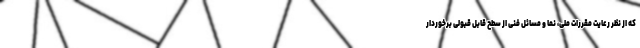
که از نظر رعایت مقررات ملی، نما و مسائل فنی از سطح قابل قبولی برخوردار